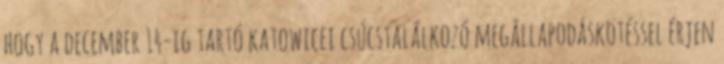
hogy a december 14-ig tartó katowicei csúcstalálkozó megállapodáskötéssel érjen